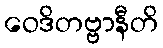
ဝေဒိတဗ္ဗာနီတိ